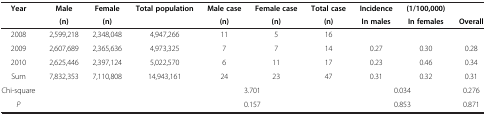
<table><thead><tr><td><b>Year</b></td><td><b>Male</b></td><td><b>Female</b></td><td><b>Total population</b></td><td><b>Male case</b></td><td><b>Female case</b></td><td><b>Total case</b></td><td><b>Incidence</b></td><td><b>(1/100,000)</b></td><td><b> </b></td></tr><tr><td><b> </b></td><td><b>(n)</b></td><td><b>(n)</b></td><td><b> </b></td><td><b>(n)</b></td><td><b>(n)</b></td><td><b>(n)</b></td><td><b>In males</b></td><td><b>In females</b></td><td><b>Overall</b></td></tr></thead><tbody><tr><td>2008</td><td>2,599,218</td><td>2,348,048</td><td>4,947,266</td><td>11</td><td>5</td><td>16</td><td> </td><td> </td><td> </td></tr><tr><td>2009</td><td>2,607,689</td><td>2,365,636</td><td>4,973,325</td><td>7</td><td>7</td><td>14</td><td>0.27</td><td>0.30</td><td>0.28</td></tr><tr><td>2010</td><td>2,625,446</td><td>2,397,124</td><td>5,022,570</td><td>6</td><td>11</td><td>17</td><td>0.23</td><td>0.46</td><td>0.34</td></tr><tr><td>Sum</td><td>7,832,353</td><td>7,110,808</td><td>14,943,161</td><td>24</td><td>23</td><td>47</td><td>0.31</td><td>0.32</td><td>0.31</td></tr><tr><td>Chi-square</td><td> </td><td> </td><td> </td><td colspan="2">3.701</td><td> </td><td colspan="2">0.034</td><td>0.276</td></tr><tr><td><i>P</i></td><td> </td><td> </td><td> </td><td colspan="2">0.157</td><td> </td><td colspan="2">0.853</td><td>0.871</td></tr></tbody></table>